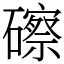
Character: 䃰